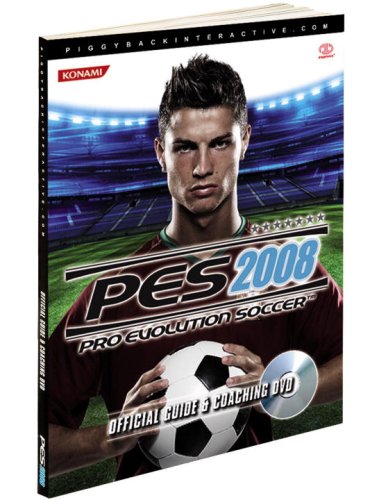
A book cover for Pro Evolution Soccer 2008: Official Guide and DVD (Prima Official Game Guides) (Prima Official Game Guides) (Prima Official Game Guides); Piggyback; Humor & Entertainment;